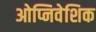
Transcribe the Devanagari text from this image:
ओप्निवेशिक